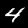
Digit: 4